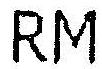
RM